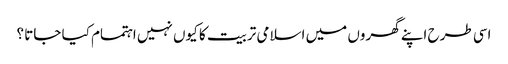
اسی طرح اپنے گھروں میں اسلامی تربیت کا کیوں نہیں اہتمام کیا جاتا ؟